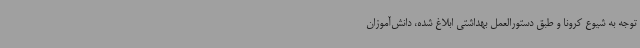
توجه به شیوع کرونا و طبق دستورالعمل بهداشتی ابلاغ شده، دانش‌آموزان